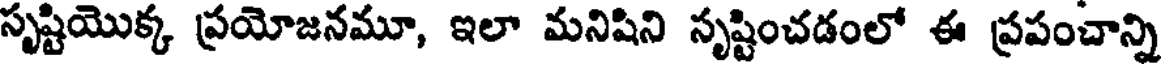
సృష్టియొక్క ప్రయోజనమూ, ఇలా మనిషిని సృష్టించడంలో ఈ ప్రపంచాన్ని